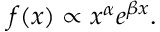
f ( x ) \propto x ^ { \alpha } e ^ { \beta x } .